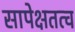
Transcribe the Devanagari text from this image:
सापेक्षतत्व